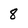
Character: 8